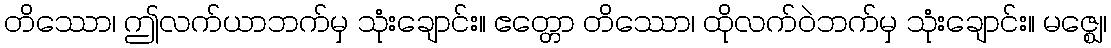
တိဿော၊ ဤလက်ယာဘက်မှ သုံးချောင်း။ ဧတ္တော တိဿော၊ ထိုလက်ဝဲဘက်မှ သုံးချောင်း။ မဇ္ဈေ၊